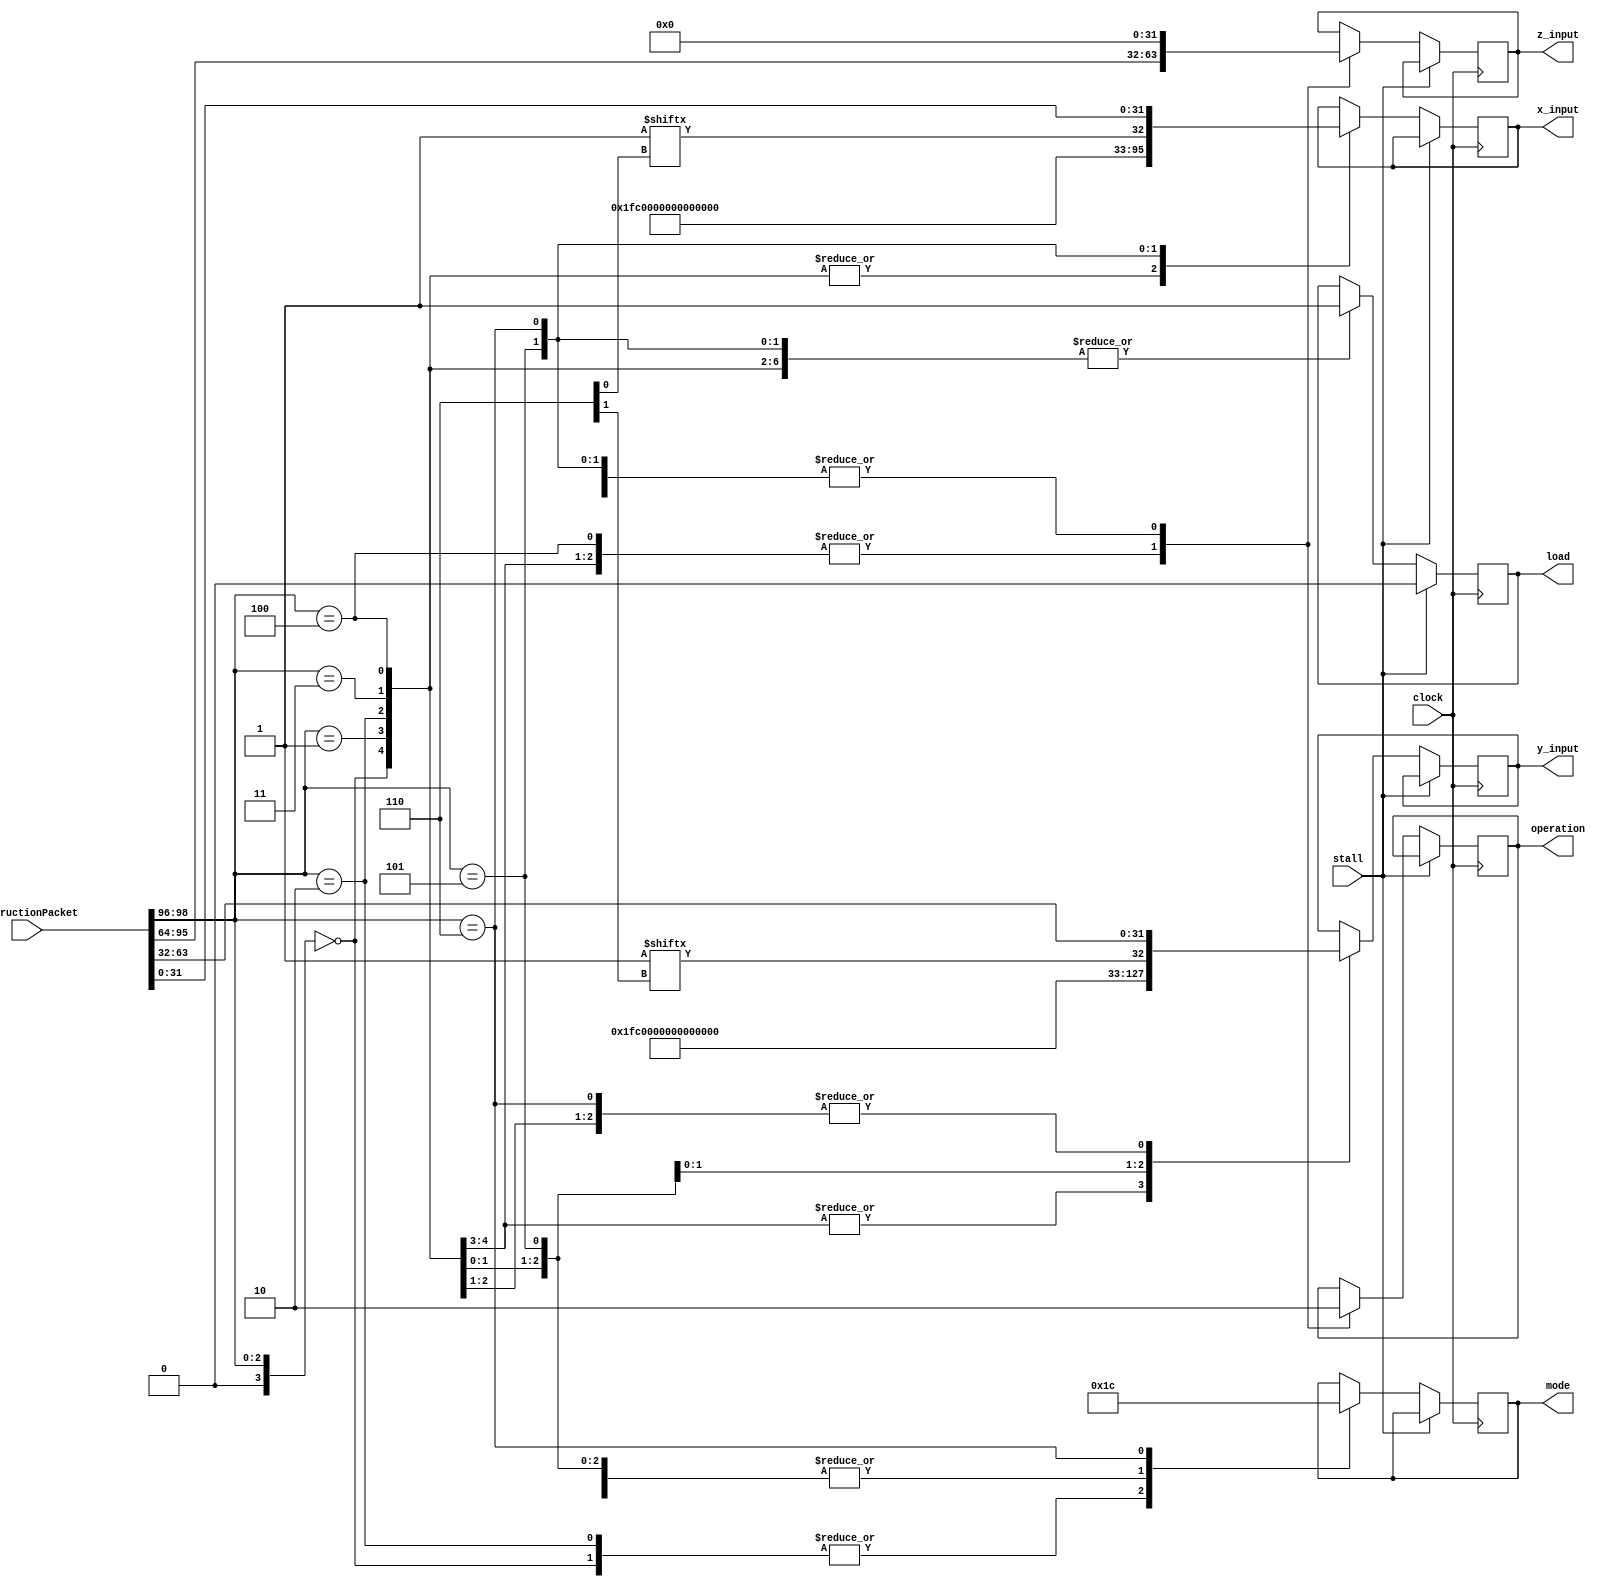
module Fetch_Crude(
    input [98:0] InstructionPacket,
    input clock,
	 input stall,
    output reg [31:0] x_input = 32'h00000000,
    output reg [31:0] y_input = 32'h00000000,
    output reg [31:0] z_input = 32'h00000000,
    output reg [1:0] mode,
    output reg operation,
    output reg load = 1'b0
    );

wire [3:0] Opcode;
wire [31:0] x_processor;
wire [31:0] y_processor;
wire [31:0] z_processor;

assign Opcode = InstructionPacket[98:96];
assign x_processor = InstructionPacket[31:0];
assign y_processor = InstructionPacket[63:32];
assign z_processor = InstructionPacket[95:64];

parameter sin_cos		= 4'd0,
			 sinh_cosh	= 4'd1,
			 arctan		= 4'd2,
			 arctanh		= 4'd3,
			 exp			= 4'd4,
			 sqr_root   = 4'd5,			// This requires pre processing. x = (a+1)/4 and y = (a-1)/4
			 division	= 4'd6,
			 tan			= 4'd7,			// This is iterative. sin_cos followed by division.
			 tanh			= 4'd8,			// This is iterative. sinh_cosh followed by division.
			 nat_log		= 4'd9,			// This requires pre processing. x = (a+1) and y = (a-1)
			 hypotenuse = 4'd10;
			 
parameter vectoring = 1'b0,
			 rotation  = 1'b1;
			 			 
parameter circular   = 2'b01,
			 linear     = 2'b00,
			 hyperbolic = 2'b11;

always @ (posedge clock)
begin
	
	if (stall == 1'b0) begin
		
		case(Opcode)
	
		sin_cos:
		begin
			mode <= circular;
			operation <= rotation;
			x_input <= 32'h3F800000;
			y_input <= 32'h00000000;
			z_input <= z_processor;	
			load <= 1'b1;
		end
		
		sinh_cosh:
		begin
			mode <= hyperbolic;
			operation <= rotation;
			x_input <= 32'h3F800000;
			y_input <= 32'h00000000;
			z_input <= z_processor;
			load <= 1'b1;
		end
		
		arctan:
		begin
			mode <= circular;
			operation <= vectoring;
			x_input <= 32'h3F800000;
			y_input <= y_processor;
			z_input <= 32'h00000000;
			load <= 1'b1;
		end
		
		arctanh:
		begin
			mode <= hyperbolic;
			operation <= vectoring;
			x_input <= 32'h3F800000;
			y_input <= y_processor;
			z_input <= 32'h00000000;
			load <= 1'b1;
		end
		
		exp:
		begin
			mode <= hyperbolic;
			operation <= rotation;
			x_input <= 32'h3F800000;
			y_input <= 32'h3F800000;
			z_input <= z_processor;
			load <= 1'b1;		
		end
		
		sqr_root:
		begin
			mode <= hyperbolic;
			operation <= vectoring;
			x_input <= Register_File[x_address];
			y_input <= Register_File[y_address];
			z_input <= 32'h00000000;
			load <= 1'b1;
		end
		
		division:
		begin
			mode <= linear;
			operation <= vectoring;
			x_input <= x_processor;
			y_input <= y_processor;
			z_input <= 32'h00000000;
			load <= 1'b1;
		end
		
		hypotenuse:
		begin
			mode <= circular;
			operation <= vectoring;
			x_input <= x_processor;
			y_input <= y_processor;
			z_input <= 32'h00000000;
			load <= 1'b1;
		end
		
		endcase
		
	end
		
	else begin
		load <= 1'b0;
	end
	
	
end


endmodule